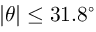
\lvert \theta \rvert \leq 3 1 . 8 ^ { \circ }